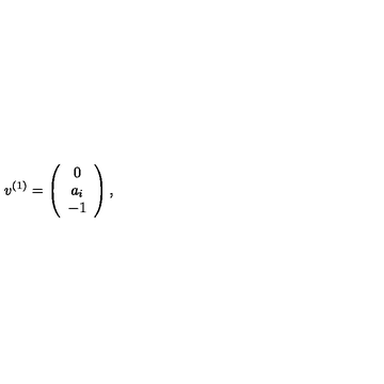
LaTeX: v ^ { ( 1 ) } = \left( \begin{array} { c c c } { 0 } \\ { a _ { i } } \\ { - 1 } \\ \end{array} \right) ,